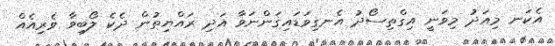
އެކަނ މިއަދު މިވަނީ އިގްތިސޯދު އެނގިވަޑައިގަންނަވާ އަދި ރައްޔިތުން ދެކެ ލޯބިވާ ވެރިއެއް